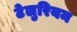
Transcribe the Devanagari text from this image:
टेलुरियम